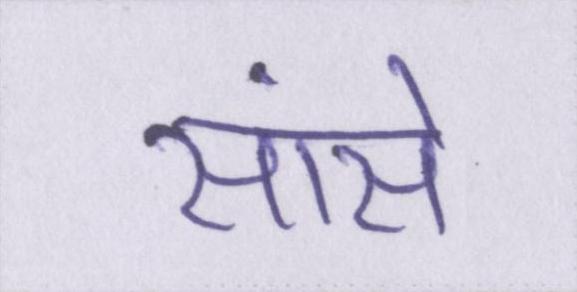
सांसें